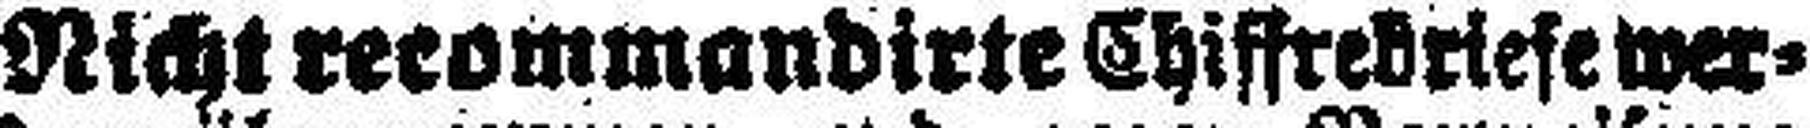
Nicht recommandirte Chiftredriefe wer¬